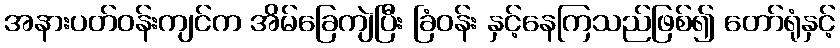
အနားပတ်ဝန်းကျင်က အိမ်ခြေကျဲပြီး ခြံဝန်း နှင့်နေကြသည်ဖြစ်၍ တော်ရုံနှင့်